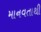
માનવતાથી